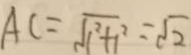
A C = \sqrt { 1 ^ { 2 } + 1 ^ { 2 } } = \sqrt { 2 }